Report on the treatment of epidemic cholera: from information collected by the governments of Bengal, Madras, Bombay, N.W. Provinces, Punjab, Oudh, and Central India, by order of the Government of India
Disease focus: Cholera
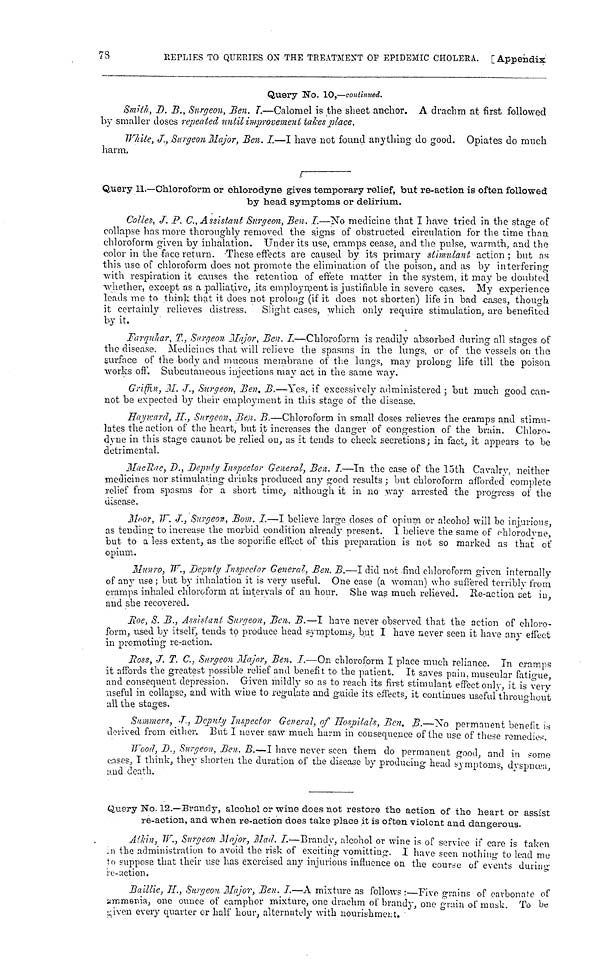
73
REPLIES TO QUERIES OX THE TREATMENT OF EPIDEMIC CHOLERA. [Appendix
Query No. 10,—continued.
Smith, D, B., Surgeon, Ben. I.—Calomel is the sheet anchor. A drachm at first followed
by smaller doses repeated until improvement takes place.
While, J., Surgeon Major, Ben. I.—I have not found anything do good. Opiates do much
harm.
Query 11.—Chloroform or ohlorodyne gives temporary relief, but re-action is often followed
by head symptoms or delirium.
Colles, J. P. C., Assistant, Surgeon, Ben. I.—No medicine that I have tried in the stage of
collapse has more thoroughly removed, the signs of obstructed circulation for the time than
chloroform given by inhalation. Under its use, cramps cease, and the pulse, warmth, and the
color in the face return. These effects are caused by its primary stimulant action; but as
this use of chloroform does not promote the elimination of the poison, and as by interfering
with respiration it causes the retention of effete matter in the system, it may be doubted
whether, except as a palliative, its employment is justifiable in severe cases. My experience
leads me to think that it does not prolong (if it does not shorten) life in bad cases, though
it certainly relieves distress. Slight cases, which only require stimulation, are benefited
by it.
Farquhar, T., Surgeon Major, Ben. I.—Chloroform is readily absorbed during all stages of
the disease. Medicines that will relieve the spasms in the lungs, or of the vessels on the
surface of the body and mucous membrane of the lungs, may prolong life till the poison
works off. Subcutaneous injections may act in the same way.
Griffin, M. J., Surgeon, Ben. B.—Yes, if excessively administered; but much good can-
not be expected by their employment in this stage of the disease.
Hayward, H., Surgeon, Ben. B.—Chloroform in small closes relieves the cramps and stimu-
lates the action of the heart, but it increases the danger of congestion of the brain. Chloro-
dyue in this stage cannot be relied on, as it tends to check secretions; in fact, it appears to be
detrimental.
MacRae, D., Deputy Inspector General, Ben. I.—In the case of the loth Cavalry, neither
medicines nor stimulating drinks produced any good results ; but chloroform afforded complete
relief from spasms for a short time, although it in no way arrested the progress of the
disease.
Moor, H. J., Surgeon, Bom. I.—I believe large closes of opium or alcohol will be injurious,
as tending to increase the morbid condition already present. I believe the same of chloroclyne,
but to a less extent, as the soporific effect of this preparation is not so marked as that of
opium.
Munro, W., Dcputy Inspector General, Ben. B.—I did not find chloroform given internally
of any use ; but by inhalation it is very useful. One case (a woman) who suffered terribly from
cramps inhaled chloroform at intervals of an hour. She was much relieved. Re-action set in,
and she recovered.
Roe, S. B., Assistant Surgeon, Ben. B.—I have never observed that the action of chloro-
form, used by itself, tends to produce head symptoms, but I have never seen it have any effect
in promoting re-action.
Ross, J. T. C., Surgeon Major, Ben. I.—On chloroform I place much reliance. In cramps
it affords the greatest possible relief and benefit to the patient. It saves pain, muscular fatigue,
and consequent depression. Given mildly so as to reach its first stimulant effect only, it is very
useful in collapse, and with wine to regulate and guide its effects, it continues useful throughout
all the stages.
Summers, J., Deputy Inspector General, of Hospitals, Ben. B.—No permanent benefit is
derived from either. Eut I never saw much harm in consequence of the use of these remedies.
Wood, D., Surgeon, Ben. B.—I have never seen them do permanent good, and in some
cases, I think, they shorten the duration of the disease by producing head symptoms, dyspnœa,
und death.
Query No. 12.—Brandy, alcohol or wine does not restore the action of the heart or assist
re-action, and when re-action does take place it is often violent and dangerous.
Atkin, W., Surgeon Major, Mad. I.—Brandy, alcohol or wine is of service if care is taken
n the administration to avoid the risk of exciting vomittiug. I have seen nothing to lead me
to suppose that their use has exercised any injurious influence on the course of events during
re-action.
Baillie, H., Surgeon Major, Ben. I.—A mixture as follows :—Five grains of carbonate of
ammenia, one ounce of camphor mixture, one drachm of brandy, one grain of musk. To be
given every quarter or half hour, alternately with nourishment.